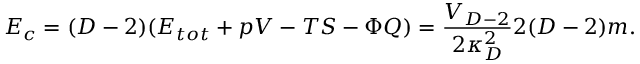
E _ { c } = ( D - 2 ) ( E _ { t o t } + p V - T S - \Phi Q ) = { \frac { V _ { D - 2 } } { 2 \kappa _ { D } ^ { 2 } } } 2 ( D - 2 ) m .